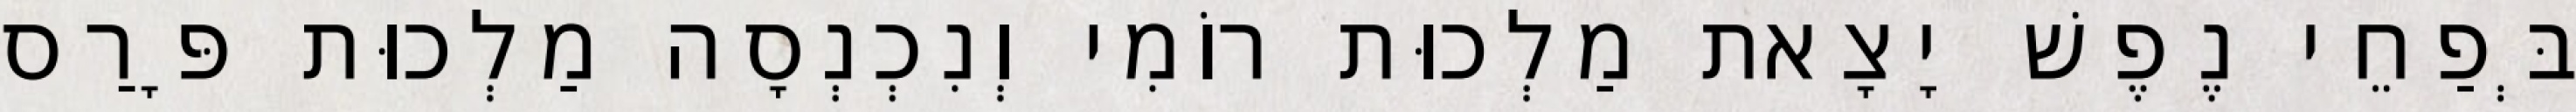
בְּפַחֵי נֶפֶשׁ יָצָאת מַלְכוּת רוֹמִי וְנִכְנְסָה מַלְכוּת פָּרַס